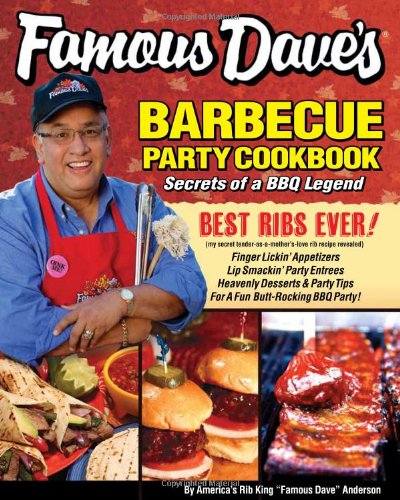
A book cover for Famous Dave's Barbecue Party Cookbook: Secrets of a BBQ Legend; Famous Dave Anderson; Cookbooks, Food & Wine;